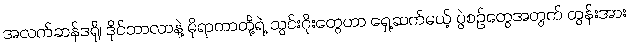
အလက်ဆန်ဒရို၊ ဒိုင်ဘာလာနဲ့ မိုရာတာတို့ရဲ့ သွင်းဂိုးတွေဟာ ရှေ့ဆက်မယ့် ပွဲစဉ်တွေအတွက် တွန်းအား